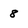
Character: 8